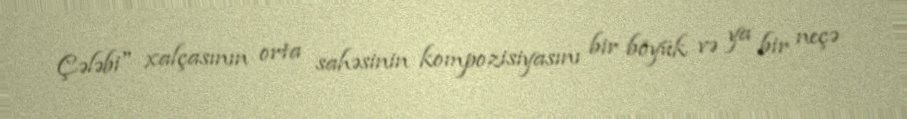
Çələbi" xalçasının orta sahəsinin kompozisiyasını bir böyük və ya bir neçə